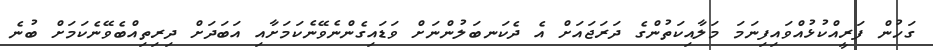
ގަހުން ފަރީއްކުޅުއްވައިފިނަމަ މަލާއިކަތުންގެ ދަރަޖައަށް އެ ދެކަނބަލުންނަށް ވަޑައިގެންނެވޭނެކަމަށާއި އަބަދަށް ދިރިތިއްބެވޭނެކަމަށް ބުނެ